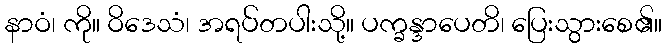
နာဝံ၊ ကို။ ဝိဒေသံ၊ အရပ်တပါးသို့။ ပက္ခန္ဒာပေတိ၊ ပြေးသွားစေ၏။